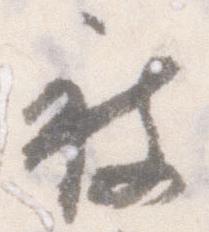
被